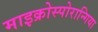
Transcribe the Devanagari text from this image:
माइक्रोस्पोरान्गिया